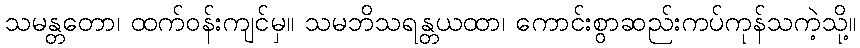
သမန္တတော၊ ထက်ဝန်းကျင်မှ။ သမဘိသရန္တယထာ၊ ကောင်းစွာဆည်းကပ်ကုန်သကဲ့သို့။